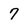
Character: 7